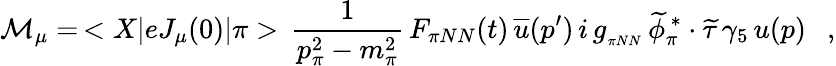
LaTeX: {\cal M}_{\mu}=\, <X|eJ_{\mu}(0)|\pi>\, \frac{1}{p_{\pi}^{2}-m_{\pi}^{2}}\, F_{\pi NN}(t)\, \overline{{u}}(p^{\prime})\, i\, g_{_{\pi NN}}\, \widetilde\phi_{\pi}^{\, *}\cdot\widetilde\tau\, \gamma_{5}\, u(p)\ \ \ ,